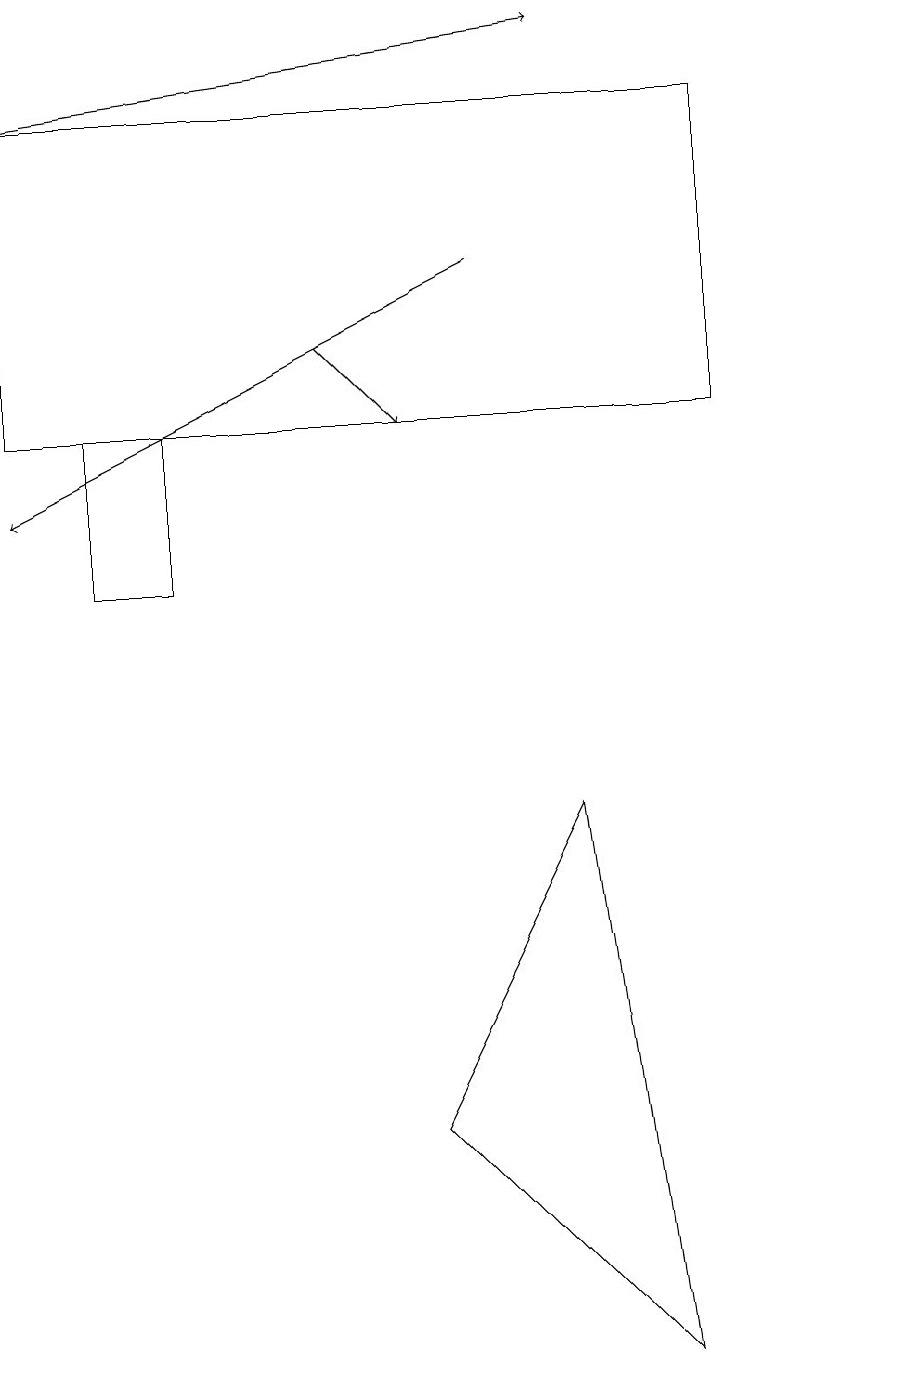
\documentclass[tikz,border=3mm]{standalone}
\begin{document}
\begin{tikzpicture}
\draw (1,10) rectangle (2,12);
\draw[->] (4,13) -- (5,12);
\draw (11,12) circle (0);
\draw[->] (0,16) -- (7,17);
\draw (5,3) -- (8,0) -- (7,7) -- cycle;
\draw[->] (6,14) -- (0,11);
\draw (9,12) rectangle (0,16);
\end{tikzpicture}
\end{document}